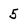
Character: 5